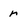
Character: r